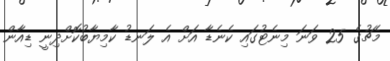
މެޗުގެ 25 ވަނަ މިނެޓުގައި ކެނެޑާ އަށް އެ ލަނޑު ކާމިޔާބުކޮށްދިނީ ޑިއާން